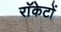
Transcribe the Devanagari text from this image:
राॅकेटों